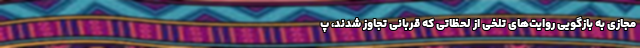
مجازی به بازگویی روایت‌های تلخی از لحظاتی که قربانی تجاوز شدند، پ